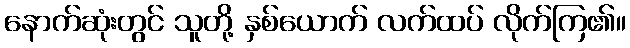
နောက်ဆုံးတွင် သူတို့ နှစ်ယောက် လက်ထပ် လိုက်ကြ၏။